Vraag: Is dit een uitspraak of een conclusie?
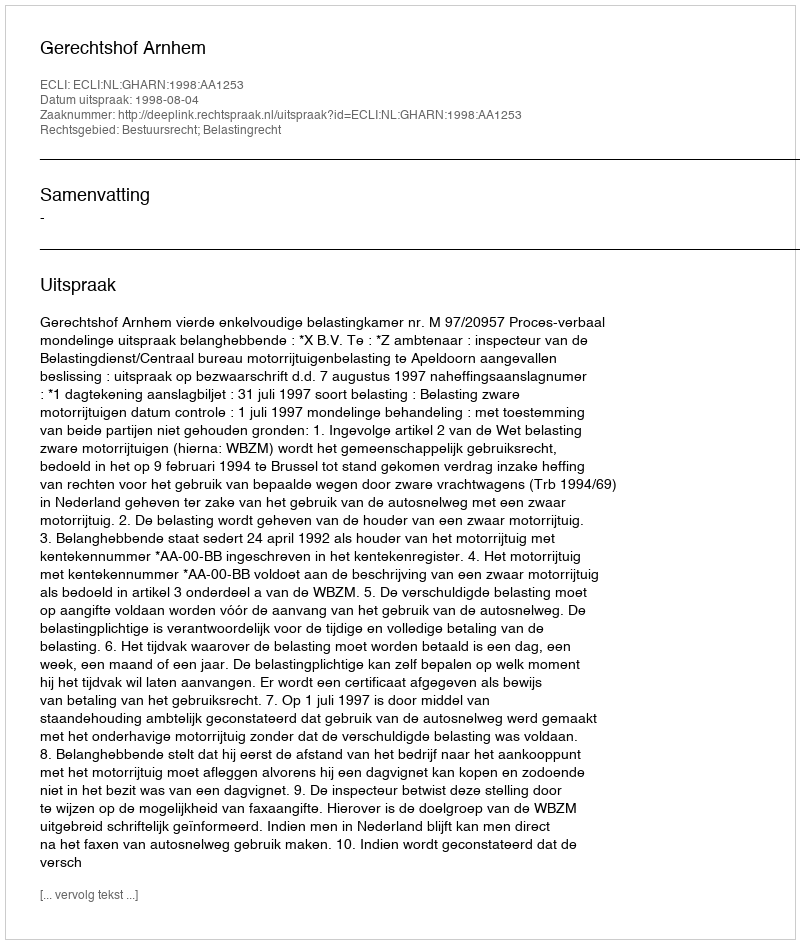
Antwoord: Uitspraak